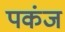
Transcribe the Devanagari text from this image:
पकंज